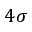
4 \sigma